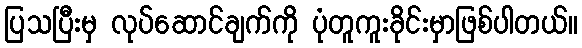
ပြသပြီးမှ လုပ်ဆောင်ချက်ကို ပုံတူကူးခိုင်းမှာဖြစ်ပါတယ်။